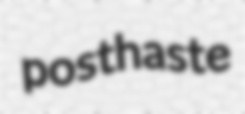
posthaste